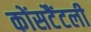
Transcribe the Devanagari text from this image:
कोंसटैंटली